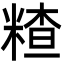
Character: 𥻗